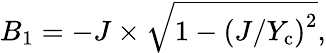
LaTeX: B_{1}=-J\times\sqrt{1-\left(J/Y_{\mathrm{c}}\right)^{2}},